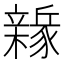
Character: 𨐻